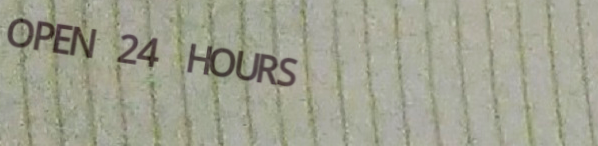
OPEN 24 HOURS